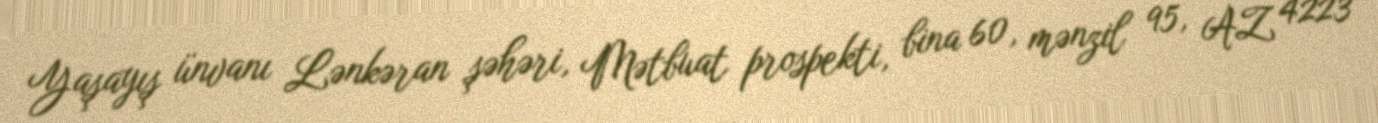
Yaşayış ünvanı Lənkəran şəhəri, Mətbuat prospekti, bina 60, mənzil 95, AZ 4223